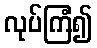
လုပ်ကြံ၍